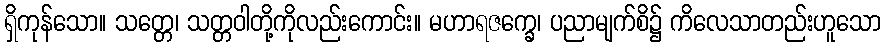
ရှိကုန်သော။ သတ္တေ၊ သတ္တဝါတို့ကိုလည်းကောင်း။ မဟာရဇက္ခေ၊ ပညာမျက်စိ၌ ကိလေသာတည်းဟူသော